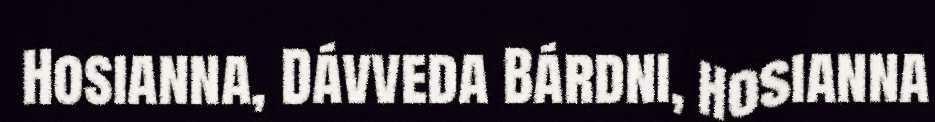
Hosianna, Dávveda Bárdni, hosianna